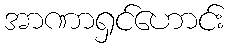
အာဏာရှင်ဟောင်း